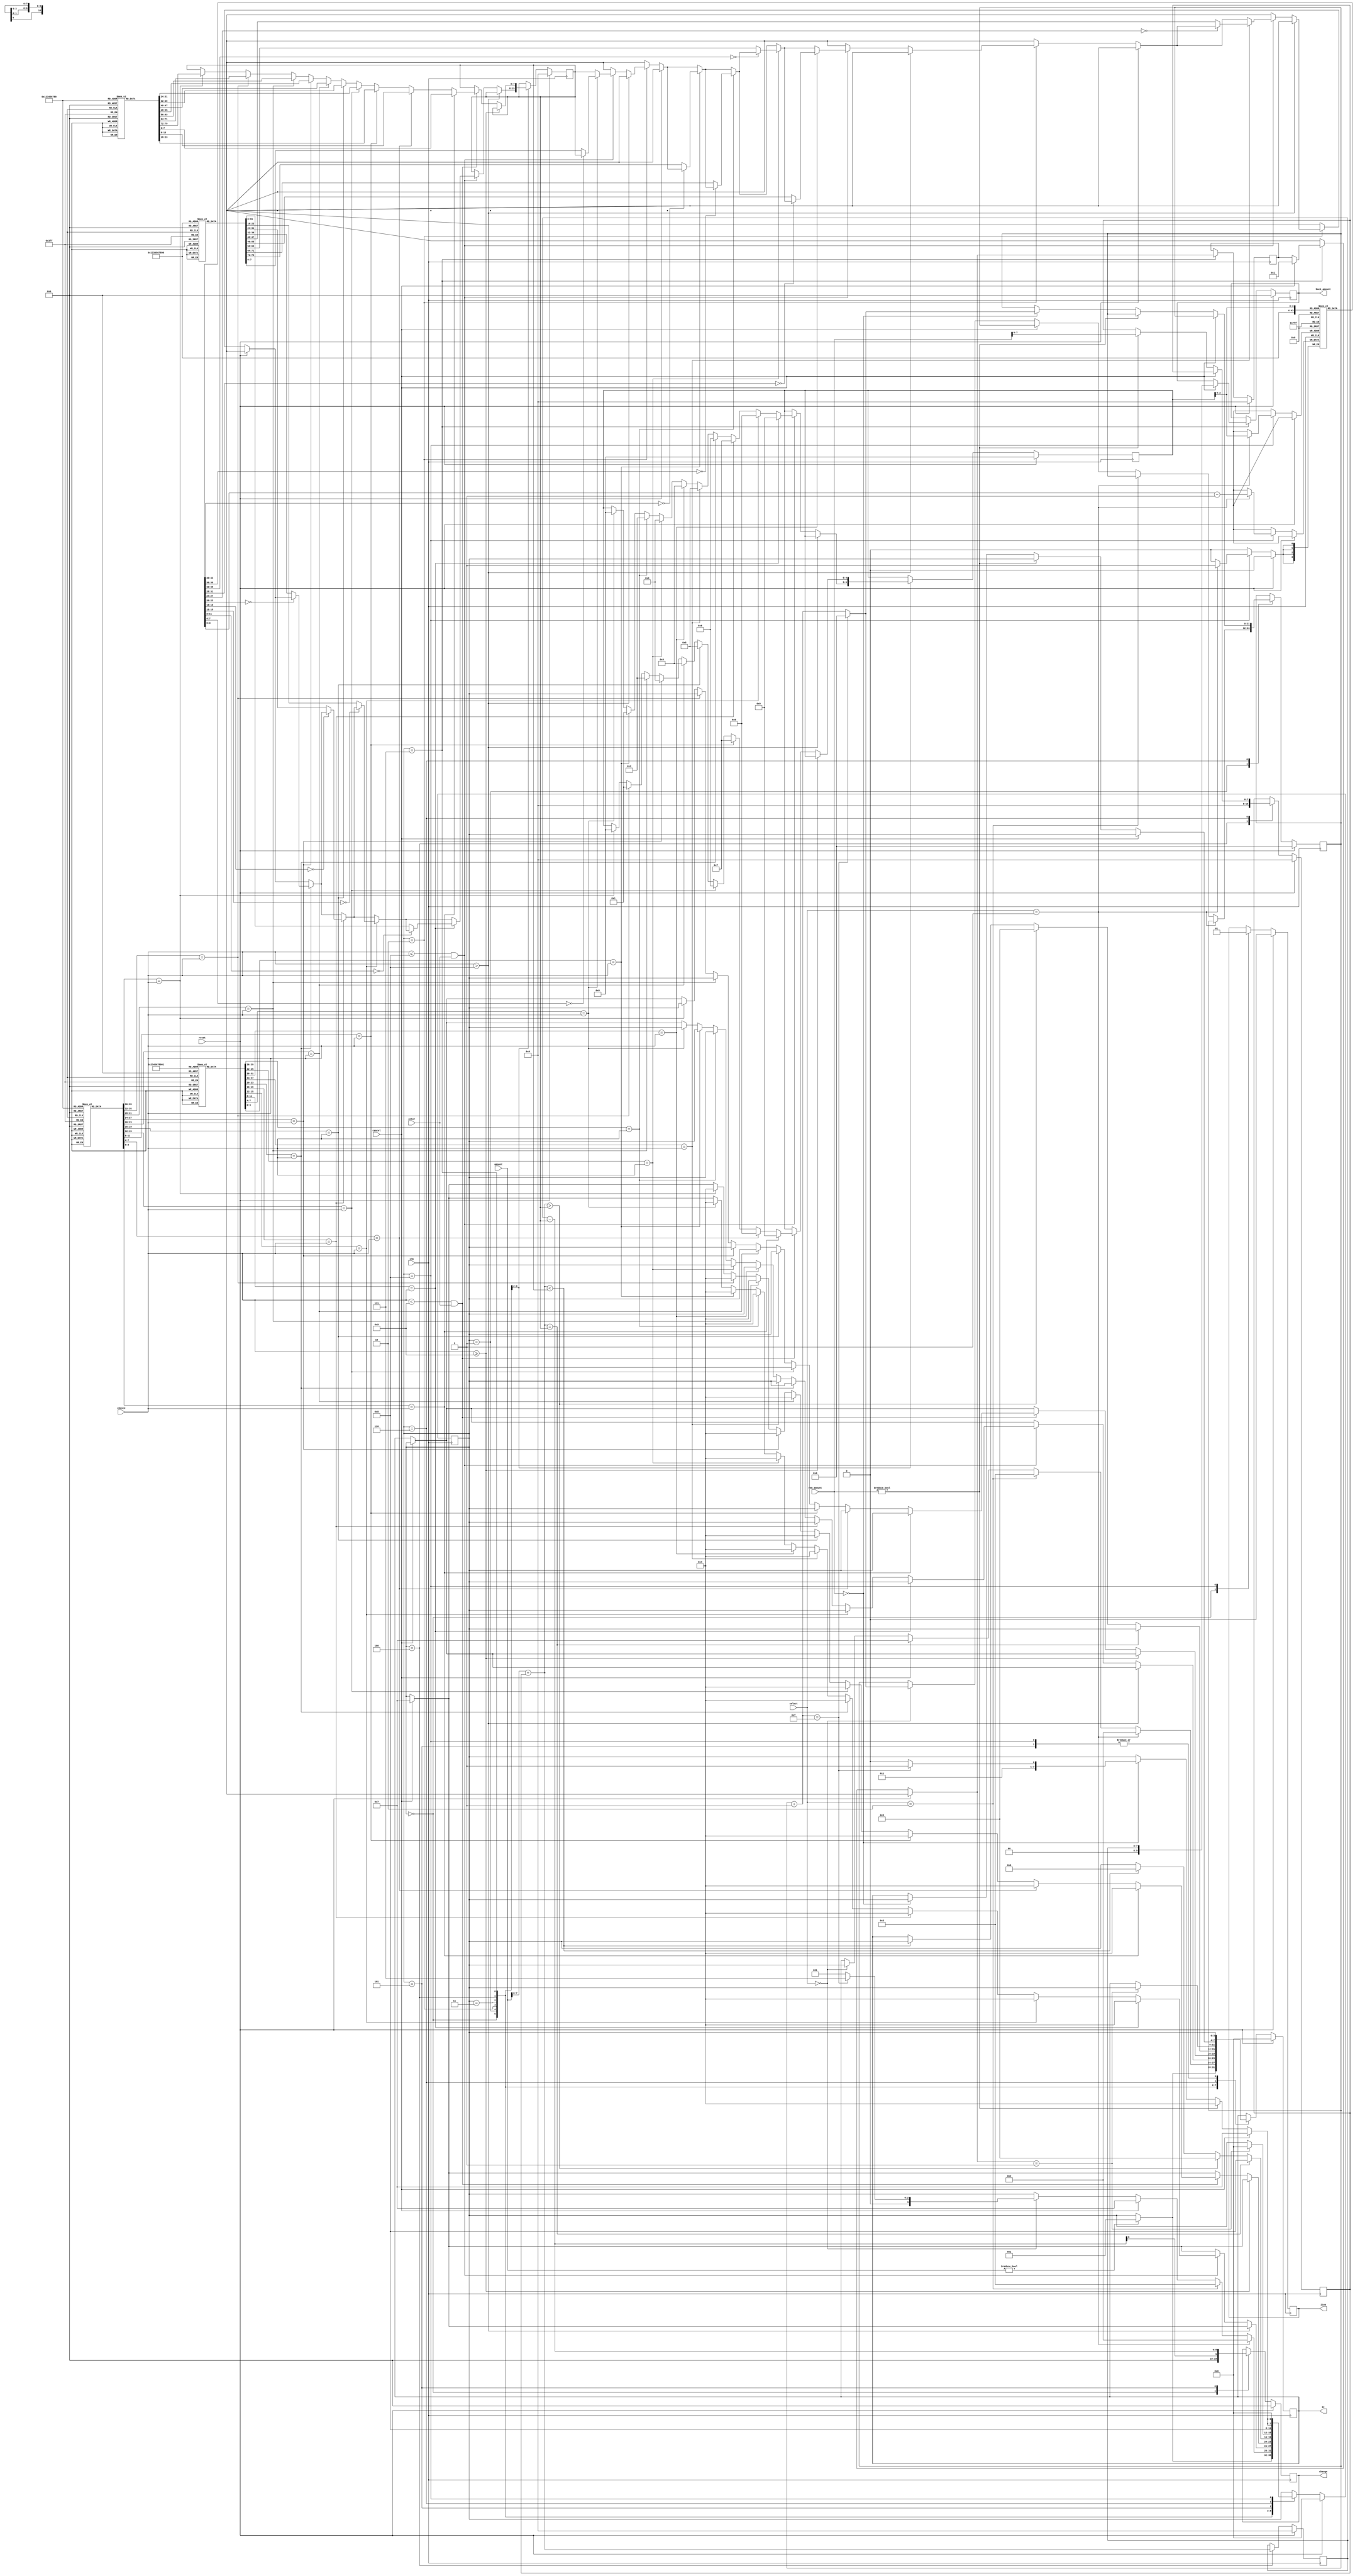
`timescale 1ns / 1ps
module vending_machine(
  input [9:0]amount,
  input [9:0]rem_amount,
  input enter,
  input [3:0]choice,
  input [1:0]select,
  input clk,
  input reset,
  input cancel,
  output reg[9:0] change,
  output reg item,
  output reg [9:0]back_amount,
  output reg [0:3]St
    );
    
  reg [7:0]newamount;
  reg [4:0]index;
  reg [7:0]balance;
  reg [31:0]count;
  reg [7:0]amt_retur_success;
  reg [7:0]chng_success;
  reg [7:0]entr_remai_amt;
  reg [7:0]price;
  reg [0:3] state;
  integer i;
  //Items Database register
  reg [3:0]hot_item[0:9];
  reg [7:0]h_price[0:9];
  reg [3:0]h_stock[0:9];
  
  reg [3:0]cold_item[0:9];
  reg [7:0]c_price[0:9];
  reg [3:0]c_stock[0:9];
  
  initial
    begin
      //Hot beverages database
      hot_item[0]=0;
      h_price[0]=0;
      h_stock[0]=0;
      
      hot_item[1]=1;
      h_price[1]=10;
      h_stock[1]=5;
      
      hot_item[2]=2;
      h_price[2]=15;
      h_stock[2]=5;
      
      hot_item[3]=3;
      h_price[3]=20;
      h_stock[3]=5;
      
      hot_item[4]=4;
      h_price[4]=25;
      h_stock[4]=5;
      
      hot_item[5]=5;
      h_price[5]=30;
      h_stock[5]=5;
      
      hot_item[6]=6;
      h_price[6]=35;
      h_stock[6]=5;
      
      hot_item[7]=7;
      h_price[7]=40;
      h_stock[7]=5;      
      
      hot_item[8]=8;
      h_price[8]=55;
      h_stock[8]=5; 
      
      hot_item[9]=9;
      h_price[9]=60;
      h_stock[9]=5; 
      
      //colde beverages database
      
      cold_item[0]=0;
      c_price[0]=0;
      c_stock[0]=0;
      
      cold_item[1]=1;
      c_price[1]=15;
      c_stock[1]=5;
      
      cold_item[2]=2;
      c_price[2]=25;
      c_stock[2]=5;
      
      cold_item[3]=3;
      c_price[3]=35;
      c_stock[3]=5;
      
      cold_item[4]=4;
      c_price[4]=45;
      c_stock[4]=5;
      
      cold_item[5]=5;
      c_price[5]=55;
      c_stock[5]=5;
      
      cold_item[6]=6;
      c_price[6]=65;
      c_stock[6]=5;
      
      cold_item[7]=7;
      c_price[7]=75;
      c_stock[7]=5;      
      
      cold_item[8]=8;
      c_price[8]=85;
      c_stock[8]=5; 
      
      cold_item[9]=9;
      c_price[9]=60;
      c_stock[9]=5;          
    end
  
localparam Idle                 	=4'b0000;
localparam Menu				    	=4'b0001;
localparam Hot                  	=4'b0010;
localparam Cold	                    =4'b0011;
localparam Compare              	=4'b0100;
localparam Change		        	=4'b0101;
localparam Enter_Remaining_amount   =4'b0110;
localparam Give_money_Back      	=4'b0111;
localparam Item_Dispensed       	=4'b1000;
  
always@(posedge clk)
  begin
    if(reset)
      begin
		newamount<=0;
		index<=0;
		balance<=0;
		count<=0;
		amt_retur_success<=0;
		chng_success<=0;
		entr_remai_amt<=0;
		price<=0;
        back_amount<=0;
        item<=0;
        change<=0;		
        state=Idle;
        St=state; 
        end
    
    else
      begin
        case(state)  
          Idle:
            begin
            item=0;
            change=0;
            $display("state: %d", state);
				if(amount!=0)
				state=Menu;
				St=state;
				  $display("state: %d", state);

            end
          Menu:
            begin
            
             if(cancel)
                begin
                state<=Give_money_Back;
                St=state;
                end
                
                
             if(select==2'b01)
             begin
                state=Hot;
                St=state;
			
              end  
           else if(select==2'b10)
                begin
                state=Cold;
                St=state; 
                
                end           
           else if(cancel)
                begin
                state=Give_money_Back;
                St=state;
                
                end
		   else if(select==2'b00)
			    begin
				count=count+1;
				if(count==15)
				begin
				state<=Give_money_Back;
				St=state;
				count=0;
				end
				else
				state<=Menu;
				St=state;
				end
				 $display("state: %d", state); 
            end
				
           Hot:
            begin
                if(cancel)
                begin
                state<=Give_money_Back;
                St=state;
                end
              $display("select the item");
              if(choice>8)
              begin
              $display("INVALID choice");
              end 
             else if((choice<=8)&&(enter)) begin 
                for(i=0;i<10;i=i+1)begin
                if(hot_item[i]==choice)begin
                index<=i;
                if (h_stock[i]==0)begin 
                $display("Item is Out of stock , please select other item");
                state<=Menu;
				St=state;
                end
				else
                price= h_price[i];
                $display("price of the item: %d",price);
                state<=Compare;
                St=state;
                end
                end
                end
                end         
 
          Cold:
            begin
            
             if(cancel)
                begin
                state<=Give_money_Back;
                St=state;
                end
                
                
            $display("state: %d", state);
              $display("select the item");
              if(choice>=9)
              begin
              $display("INVALID choice");
             
             end 
             else if((choice<9)&&(enter)) begin 
                for(i=0;i<10;i=i+1)begin
                if(cold_item[i]==choice)begin
                index<=i;
                if (c_stock[i]==0)begin 
                $display("Item is Out of stock , please select other item");
                state<=Menu;
                St=state;
                end
               price= c_price[i];
               $display("price of the item: %d",price);
                state<=Compare;
                St=state;
                end
                end
                end
                end
			
			
          Compare:          
            begin
            newamount=amount+balance;
            $display("input amount: %d",newamount);
              if(newamount==price)
                begin
                  state<=Item_Dispensed;
                  St=state;
                end
              else if(newamount>price)
                begin
                  state=Change; 
                  St=state;              
                end
              else if(newamount<price)
                begin
                  state<=Enter_Remaining_amount;
                  St=state;
                end
                balance<=0;
            end
          
          Give_money_Back:
            begin
                if(cancel)
                begin
                back_amount<=newamount;
              	amt_retur_success=1;
              	end
              if(amt_retur_success==1) begin
                $display("collect your amount");
                state<=Idle;
                St=state;
            end
            end
            
      
           Change:
             begin
               change<=$unsigned(newamount)-$unsigned(price);
               chng_success=1;
               if(chng_success==1) begin
                 $display("collect the change");
                  state<=Item_Dispensed;
                  St=state;

                 
               end
             end
            
          Enter_Remaining_amount:
            begin
            
             if(cancel)
                begin
                state<=Give_money_Back;
                St=state;
                end
                
           
                
              entr_remai_amt=$unsigned(price)-$unsigned(newamount);
              $display("enter_remaining_amount:%d",entr_remai_amt);
              if(cancel) begin
              state<= Give_money_Back;
              St=state;
              end
				  else if (rem_amount !=0)
				  begin
				  balance<= rem_amount;
				  state<=Compare;
				  St=state;
				  end
				  else if(rem_amount==0) begin
				  count=count+1;
					 if(count==15)
					 begin
					 state<=Give_money_Back;
					 St=state;
					 count=0;
					 end
					 else
					 state<=Enter_Remaining_amount;
					 St=state;
				  end
				  
              end                   
            
        Item_Dispensed:
          begin
          item=1;
          if(item==1)
          begin
          if(select==1)
          begin
          h_stock[index]<=h_stock[index]-1;
          end
          else if(select==2)
          begin
          c_stock[index]<=c_stock[index]-1;
          end
          state<=Idle;
          St=state;
          end
          end
        endcase  
        
        
      end
        
  end   
endmodule